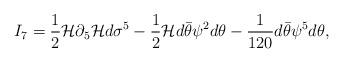
LaTeX: \begin{align*}I_7 = {1\over 2} {\cal H} \partial_5 {\cal H} d \sigma^5 - {1\over 2} {\cal H}d\bar\theta \psi^2 d\theta - {1\over 120} d\bar\theta \psi^5 d\theta, \end{align*}